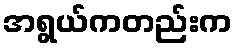
အရွယ်ကတည်းက